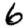
Digit: 6